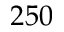
2 5 0